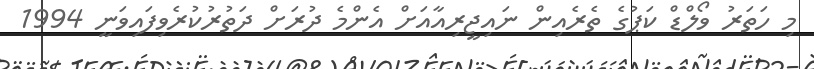
މި ހަތަރު ވޯލްޑް ކަޕުގެ ތެރެއިން ނައިޖީރިއާއަށް އެންމެ ދުރަށް ދަތުރުކުރެވިފައިވަނީ 1994